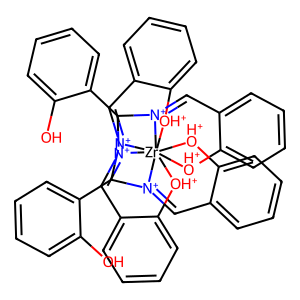
SMILES: Oc1ccccc1C1[N+]2=Cc3ccccc3[OH+][Zr]23456([OH+]c2ccccc2C=[N+]13)[OH+]c1ccccc1C=[N+]4C(c1ccccc1O)[N+]5=Cc1ccccc1[OH+]6
Inhibits HIV replication: No